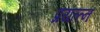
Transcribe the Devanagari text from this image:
प्रयत्त्‍न